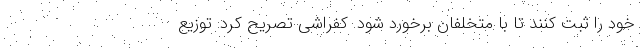
خود را ثبت کنند تا با متخلفان برخورد شود. کفراشی تصریح کرد: توزیع